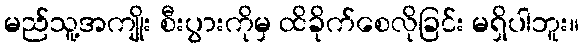
မည်သူ့အကျိုး စီးပွားကိုမှ ထိခိုက်စေလိုခြင်း မရှိပါဘူး။